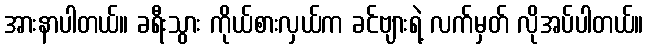
အားနာပါတယ်။ ခရီးသွား ကိုယ်စားလှယ်က ခင်ဗျားရဲ့ လက်မှတ် လိုအပ်ပါတယ်။